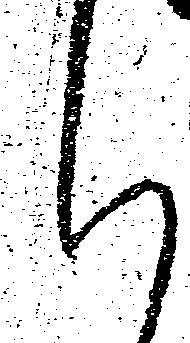
く